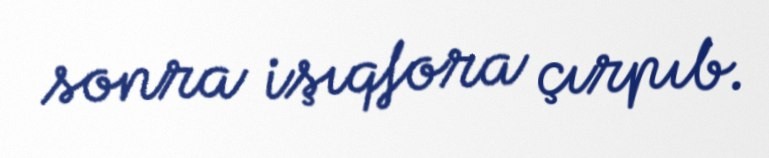
sonra işıqfora çırpıb.